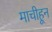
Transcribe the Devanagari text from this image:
माचीहून